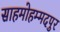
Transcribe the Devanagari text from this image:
साहमोहम्मदपुर